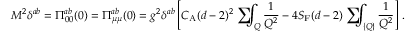
M ^ { 2 } \delta ^ { a b } = \Pi _ { 0 0 } ^ { a b } ( 0 ) = \Pi _ { \mu \mu } ^ { a b } ( 0 ) = g ^ { 2 } \delta ^ { a b } \left[ C _ { \mathrm { A } } ( d - 2 ) ^ { 2 } \mathrm { ~ \sum ~ } \! \! \! \! \! \! \int _ { Q } \frac { 1 } { Q ^ { 2 } } - 4 S _ { \mathrm { F } } ( d - 2 ) \mathrm { ~ \sum ~ } \! \! \! \! \! \! \int _ { \{ Q \} } \frac { 1 } { Q ^ { 2 } } \right] \, .